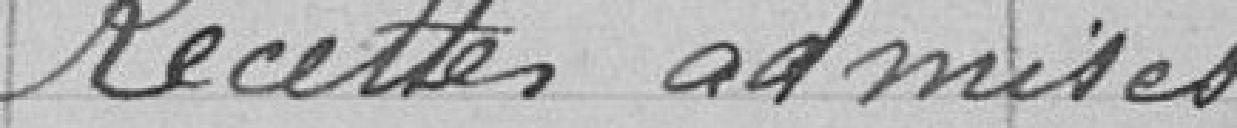
Produit des redevances et attributions communales